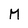
Character: M